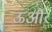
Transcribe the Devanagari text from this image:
ऊऔर